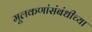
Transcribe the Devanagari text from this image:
मूलकणांसंबंधीच्या